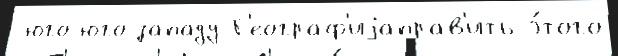
 юго-юго-западу Г'еограф'иjаправ'ить э́того